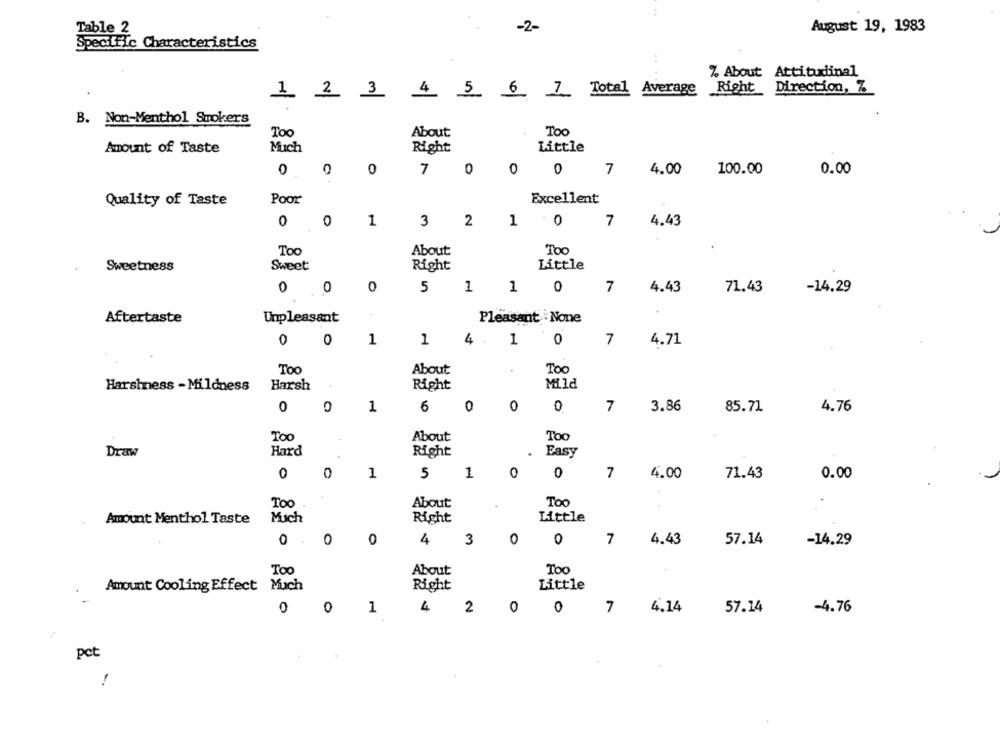
Table 2
-2-
August 19, 1983
Specific Characteristics
% About Attitudinal
Right
Direction, 7
1 2 3
4 5 6 7 Total Average
B. Non-Menthol Smokers
Too
About
Too
Amount of Taste
Much
Right
Little
7
0
0
0
7
4.00
100.00
0.00
0.
Quality of Taste
Poor
Excellent
0
0
1
3
2
1 0
7
4.43
Too
About
Too
Sweetness
Sweet
Right
Little
0
O
0
5
1
1
0
7
4.43
71.43
-14.29
Aftertaste
Unpleasant
Pleasant . None
0
0
1
1
4 .
1
0
7
4.71
To
About
Too
Harshness - Mildness
Harsh
Right
Mild
0
0
1
6
0
0
0
7
3.86
85.71
4.76
Too
About
Toc
Draw
Hard
Right
Easy
1
0
0
0
5
1
7
4.00
71.43
0.00
About
Too
Too
4
Right
Little
Amount Menthol Taste
Much
0
0
3
0
0
7
4.43
57.14
0 .
4
-14.29
About
Too
Too
Right
Little
Amount Cooling Effect Much
0
1
4.14
57.14
-4.76
0
4 2 0
0
7
pct